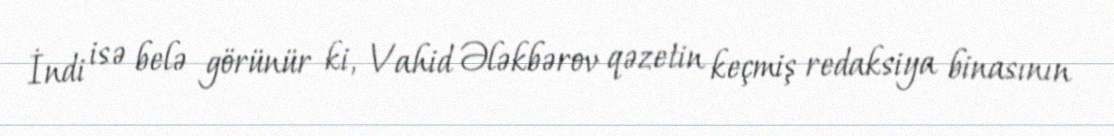
İndi isə belə görünür ki, Vahid Ələkbərov qəzetin keçmiş redaksiya binasının